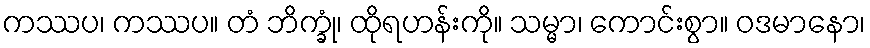
ကဿပ၊ ကဿပ။ တံ ဘိက္ခုံ၊ ထိုရဟန်းကို။ သမ္မာ၊ ကောင်းစွာ။ ဝဒမာနော၊